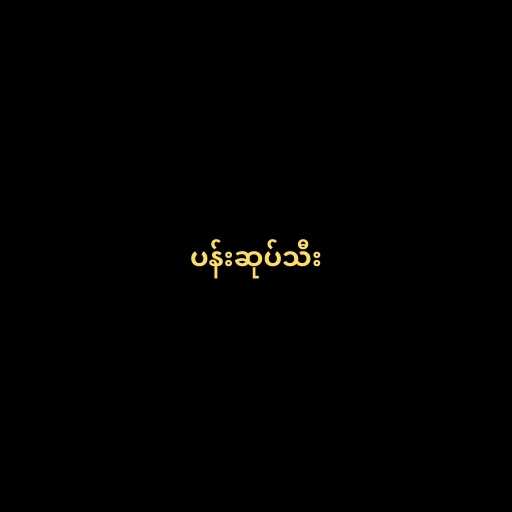
ပန်းဆုပ်သီး